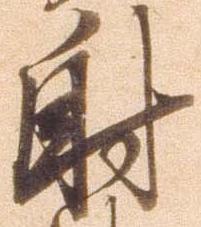
射